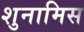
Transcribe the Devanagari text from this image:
शुनामिस